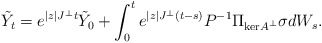
\begin{align*}\tilde{Y}_t = e^{|z| J^\perp t}\tilde{Y}_0 + \int_0^t e^{|z| J^\perp (t-s)}P^{-1}\Pi_{\mathrm{ker}A^\perp}\sigma dW_s.\end{align*}